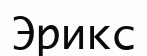
Эрикс